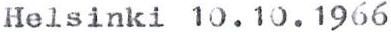
Helsinki 10.10.1966